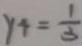
y _ { 4 } = \frac { 1 } { 3 }